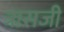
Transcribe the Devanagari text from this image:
त्रासजी